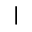
|